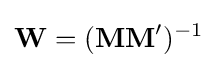
\mathbf {W} =(\mathbf {MM} ')^{-1}